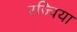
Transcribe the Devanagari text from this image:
रज्विया